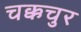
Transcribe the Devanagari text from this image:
चक्कचुर